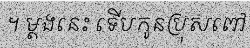
។ ម្តងនេះ ទើបកូនប្រុសពៅ